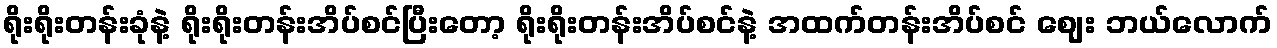
ရိုးရိုးတန်းခုံနဲ့ ရိုးရိုးတန်းအိပ်စင်ပြီးတော့ ရိုးရိုးတန်းအိပ်စင်နဲ့ အထက်တန်းအိပ်စင် ဈေး ဘယ်လောက်